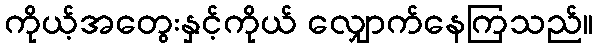
ကိုယ့်အတွေးနှင့်ကိုယ် လျှောက်နေကြသည်။